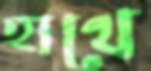
হাথে